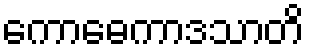
ကောဓေကာဒသာတိ